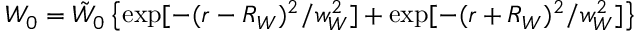
W _ { 0 } = \tilde { W } _ { 0 } \left\{ \exp [ - ( r - R _ { W } ) ^ { 2 } / w _ { W } ^ { 2 } ] + \exp [ - ( r + R _ { W } ) ^ { 2 } / w _ { W } ^ { 2 } ] \right\}